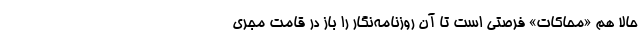
حالا هم «محاکات» فرصتی است تا آن روزنامه‌نگار را باز در قامت مجری